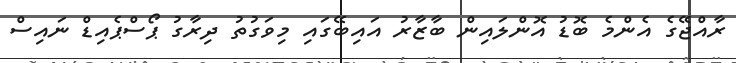
ރާއްޖޭގެ އެންމެ ބޮޑު އޮންލައިން ބާޒާރު އައިބޭގައި މިވަގުތު ދިރާގު ޕޯސްޕެއިޑް ނައިސް